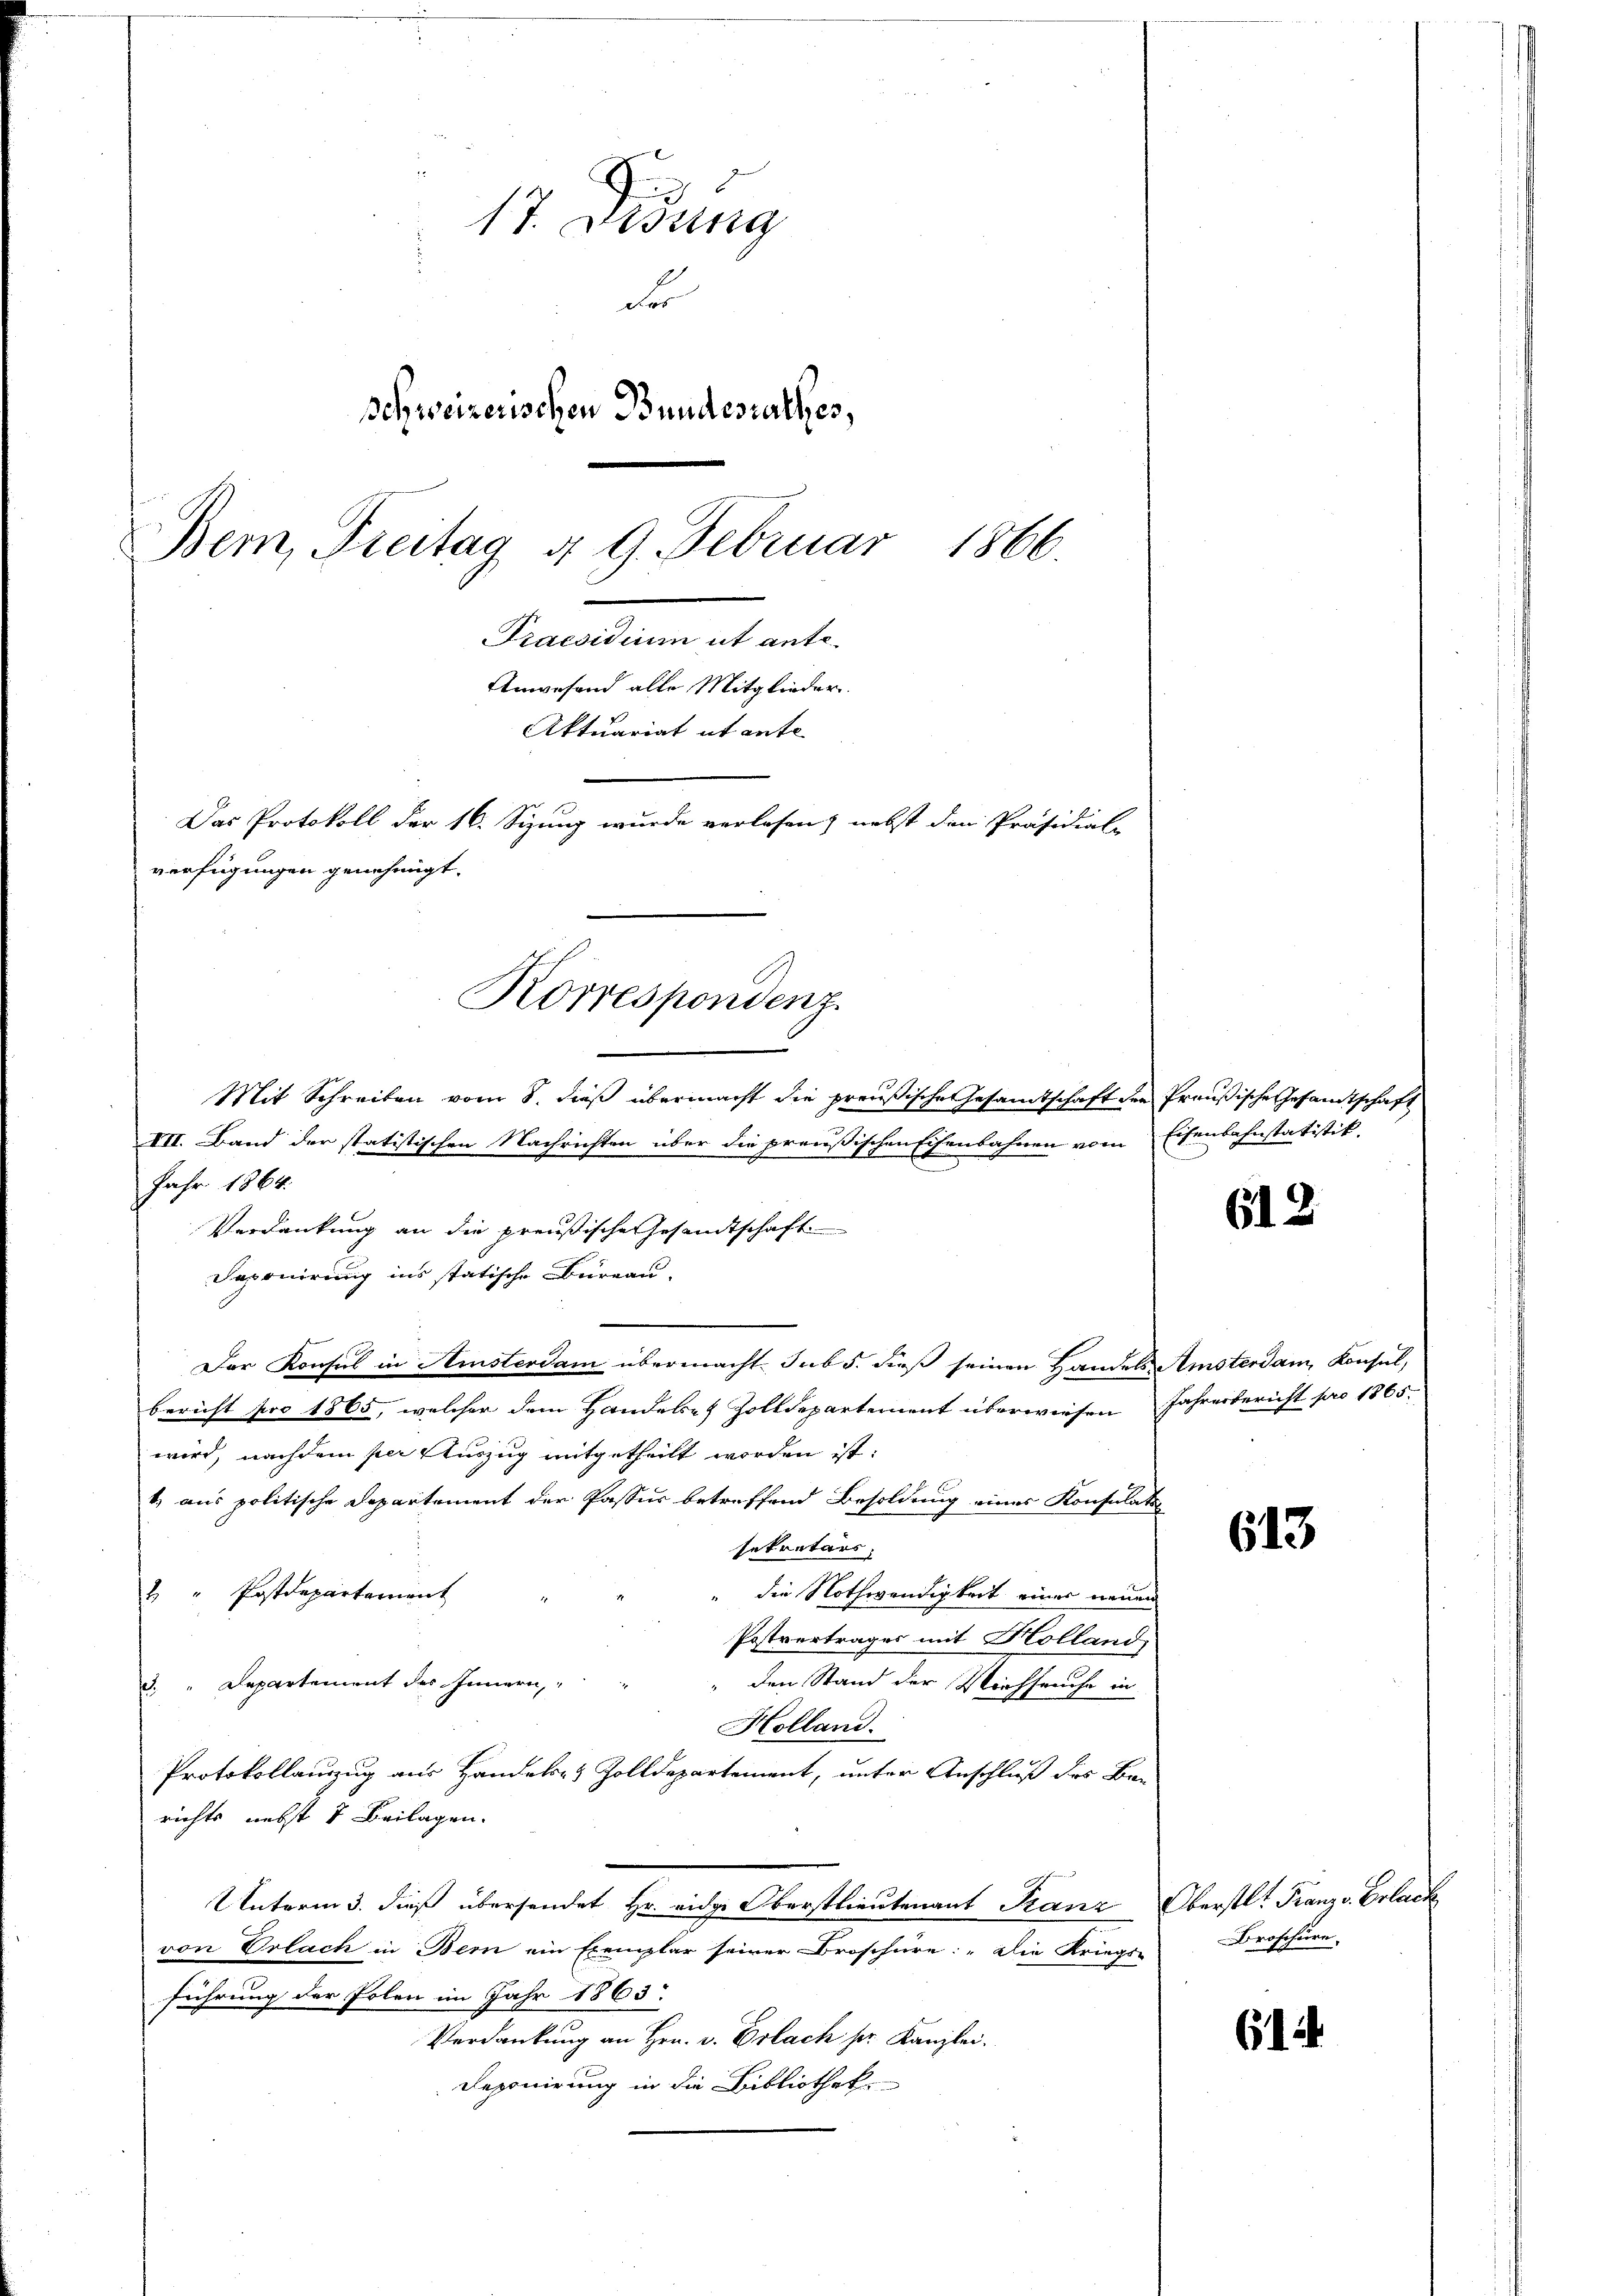
17. Didung
du
schweizerischen Bundesrathes,
Bem, Freitag d. 9. Februar 1866.
Grammanne et ent

Mit Schreiben vom 8. dieß übermacht die preußische Gesamtschaft der Preußische Gesandtschaft
VII. Band der statistischen Nachrichten über die preußischen Eisenbahnen vom Eisenbahnstatistik.
Jahr 1864.
Verdankung an die preußische Gesandtschaft
Daponirung ins statische Büreau.
Der Konsul in Amsterdam übermacht. sub 5. dieß seinen Handels Amsterdam, Konsul,
bericht pro 1865, welcher dem Handels- & Zolldepartement überwiesen Jahresbericht pro 1865.
wird, nachdem per Auszug mitgetheilt worden ist:
1) aus politische Departement der Passus betreffend Besoldung eines Konsulati-
sekretärs.
u " Postdepartement
die Nothwendigkeit einer neuen
Postvertrages mit Holland,
3. " Departement des Innern,
den Stand der Viehseuche in
Holland.
Protokollanzug aus Handels- & Zolldepartement, unter Anschluß des Barichts nebst 5 Beilagen.
Unterm 3. dieß übersendet Hr. eidge Oberstlieutenant Franz Oberstl. Franz v. Erlack
von Erlach in Bern ein Exemplar seiner Broschüre: „Die Kriegs-
führung der Polen im Jahr 1863.
Verdankung an Hrn. v. Erlach sr. Kanzlei.
Reponirung in die Bibliothek

Anwesend alle Mitglieder.
Aktuariat et ent
Das Protokoll der 16. Sizung wurde verlesen) nebst den Präsidial-
verfügungen genehmigt.
Korrespondenz.

612

613

Broschüre,

61